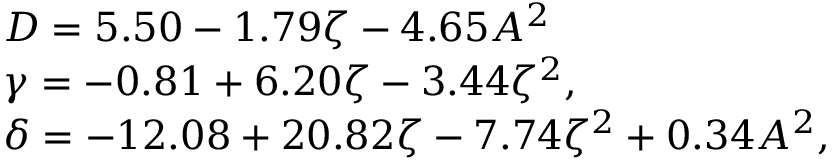
\begin{array} { l } { D = 5 . 5 0 - 1 . 7 9 \zeta - 4 . 6 5 A ^ { 2 } } \\ { \gamma = - 0 . 8 1 + 6 . 2 0 \zeta - 3 . 4 4 \zeta ^ { 2 } , } \\ { \delta = - 1 2 . 0 8 + 2 0 . 8 2 \zeta - 7 . 7 4 \zeta ^ { 2 } + 0 . 3 4 A ^ { 2 } , } \end{array}